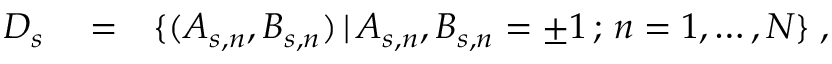
\begin{array} { r l r } { { \cal D } _ { s } } & { { } = } & { \{ ( A _ { s , n } , B _ { s , n } ) \, | \, A _ { s , n } , B _ { s , n } = \pm 1 \, ; \, n = 1 , \ldots , N \} \; , } \end{array}